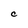
Character: C